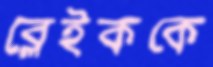
ব্লেইককে